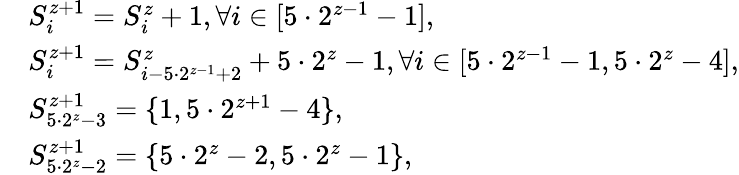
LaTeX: \begin{array}{rl}&{S_{i}^{z+1}=S_{i}^{z}+1,\forall i\in[5\cdot 2^{z-1}-1],}\\ &{S_{i}^{z+1}=S_{i-5\cdot 2^{z-1}+2}^{z}+5\cdot 2^{z}-1,\forall i\in[5\cdot 2^{z-1}-1,5\cdot 2^{z}-4],}\\ &{S_{5\cdot 2^{z}-3}^{z+1}=\{ 1,5\cdot 2^{z+1}-4\} ,}\\ &{S_{5\cdot 2^{z}-2}^{z+1}=\{ 5\cdot 2^{z}-2,5\cdot 2^{z}-1\} ,}\end{array}